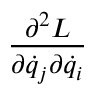
\frac { \partial ^ { 2 } L } { \partial \dot { q } _ { j } \partial \dot { q } _ { i } }